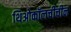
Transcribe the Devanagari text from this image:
थिओकॉलचीचीन